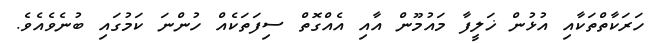
ހަރަކާތްތަކާއި އުޅުން ޚަލީފާ މައުމޫން އާއި އެއްގޮތް ސިފަތަކެއް ހުންނަ ކަމުގައި ބުނެވެއެވެ.